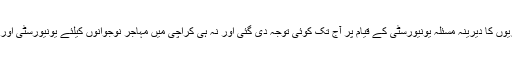
حیدرآباد کے شہریوں کا دیرینہ مسئلہ یونیورسٹی کے قیام پر آج تک کوئی توجہ دی گئی اور نہ ہی کراچی میں مہاجر نوجوانوں کیلئے یونیورسٹی اور کالج بنائے گئے۔